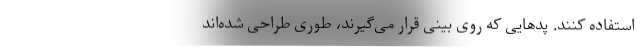
استفاده کنند. پدهایی که روی بینی قرار می‌گیرند، طوری طراحی شده‌اند